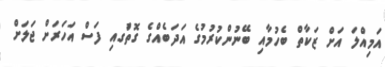
އަމިއްލަ އަށް ޒަކާތް ބެހުމާއި ބޭނުންކުރުމުގެ އަދަބެއްގެ ގޮތުަގއި ފަސް އަހަރަށް ޖަލަށް